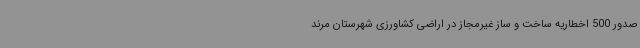
صدور 500 اخطاریه ساخت و ساز غیرمجاز در اراضی کشاورزی شهرستان مرند